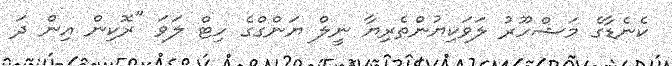
ކެނެޑާގެ މަޝްހޫރު ލަވަކިޔުންތެރިޔާ ނީލް ޔަންގްގެ ހިޓް ލަވަ "ރޮކިން އިން ދަ